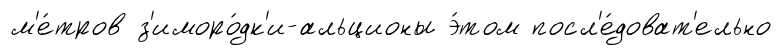
м'е́тров з'иморо́дк'и-альционы э́том посл'е́доват'ельно